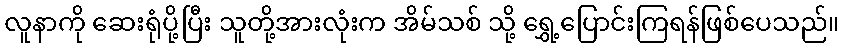
လူနာကို ဆေးရုံပို့ပြီး သူတို့အားလုံးက အိမ်သစ် သို့ ရွှေ့ပြောင်းကြရန်ဖြစ်ပေသည်။